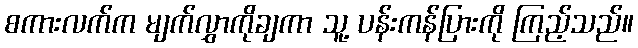
စကားလက်က မျက်လွှာကိုချကာ သူ့ ပန်းကန်ပြားကို ကြည့်သည်။